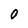
Character: O